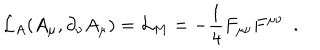
LaTeX: { \cal L } _ { A } ( A _ { \mu } , \partial _ { \nu } A _ { \mu } ) = { \cal L } _ { M } = - \frac { 1 } { 4 } F _ { \mu \nu } F ^ { \mu \nu } ~ ~ .